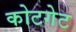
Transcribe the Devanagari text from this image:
कोटगेट